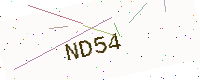
Text: ND54